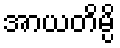
အာယတိမ္ပိ